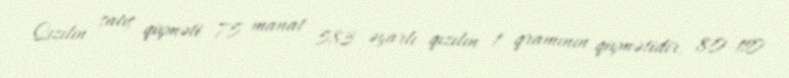
Qızılın satış qiyməti 75 manat 583 əyarlı qızılın 1 qramının qiymətidir, 80-110